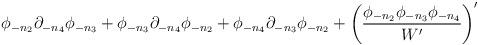
LaTeX: \begin{align*}\phi_{-n_2}\partial_{-n_4}\phi_{-n_3} +\phi_{-n_3}\partial_{-n_4}\phi_{-n_2} +\phi_{-n_4}\partial_{-n_3}\phi_{-n_2} +\left({\phi_{-n_2}\phi_{-n_3}\phi_{-n_4}\over W'}\right)'\end{align*}